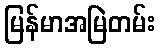
မြန်မာအမြဲတမ်း